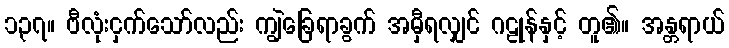
၁၃၇။ ဗီလုံးငှက်သော်လည်း ကျွဲခြေရာခွက် အမှီရလျှင် ဂဠုန်နှင့် တူ၏။ အန္တရာယ်